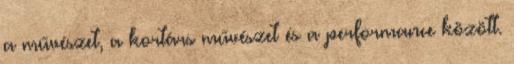
a művészet, a kortárs művészet és a performance között.